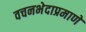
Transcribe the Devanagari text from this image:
वचनभेदाप्रमाणे